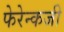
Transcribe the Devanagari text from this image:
फेरेन्कजी